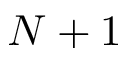
N + 1